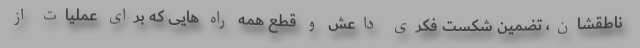
ناطقشان، تضمین شکست فکری داعش و قطع همه راه هایی که برای عملیات از